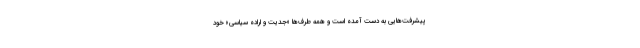
پیشرفت‌هایی به دست آمده است و همه طرف‌ها «جدیت و اراده سیاسی» خود